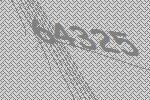
64325